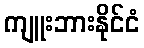
ကျူးဘားနိုင်ငံ